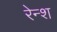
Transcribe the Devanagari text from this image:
रेन्श